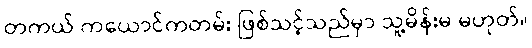
တကယ် ကယောင်ကတမ်း ဖြစ်သင့်သည်မှာ သူ့မိန်းမ မဟုတ်။